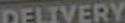
DELIVERY